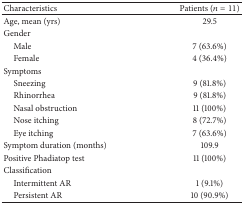
<table><thead><tr><td><b>Characteristics</b></td><td><b>Patients (<i>n</i> = 11)</b></td></tr></thead><tbody><tr><td>Age, mean (yrs)</td><td>29.5</td></tr><tr><td>Gender</td><td> </td></tr><tr><td> Male</td><td>7 (63.6%)</td></tr><tr><td> Female</td><td>4 (36.4%)</td></tr><tr><td>Symptoms</td><td> </td></tr><tr><td> Sneezing</td><td>9 (81.8%)</td></tr><tr><td> Rhinorrhea</td><td>9 (81.8%)</td></tr><tr><td> Nasal obstruction</td><td>11 (100%)</td></tr><tr><td> Nose itching</td><td>8 (72.7%)</td></tr><tr><td> Eye itching</td><td>7 (63.6%)</td></tr><tr><td>Symptom duration (months)</td><td>109.9</td></tr><tr><td>Positive Phadiatop test</td><td>11 (100%)</td></tr><tr><td>Classification</td><td> </td></tr><tr><td> Intermittent AR</td><td>1 (9.1%)</td></tr><tr><td> Persistent AR</td><td>10 (90.9%)</td></tr></tbody></table>